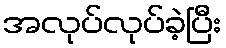
အလုပ်လုပ်ခဲ့ပြီး